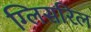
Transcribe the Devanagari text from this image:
ग्लिसरिल